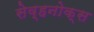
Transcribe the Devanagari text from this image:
सेव्हनोक्स